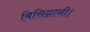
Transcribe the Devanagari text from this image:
बिसिग्नानी।